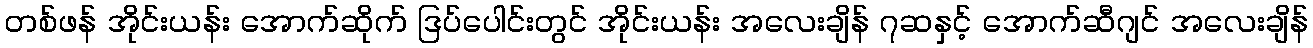
တစ်ဖန် အိုင်းယန်း အောက်ဆိုက် ဒြပ်ပေါင်းတွင် အိုင်းယန်း အလေးချိန် ၇ဆနှင့် အောက်ဆီဂျင် အလေးချိန်